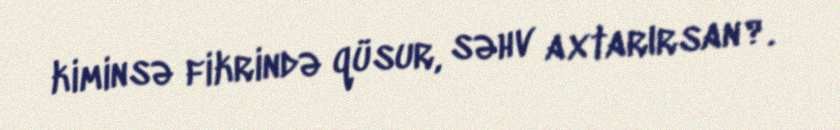
kiminsə fikrində qüsur, səhv axtarırsan?.